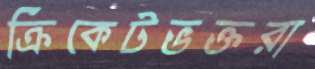
ক্রিকেটভক্তরা